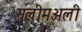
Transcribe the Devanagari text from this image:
सलीमअली